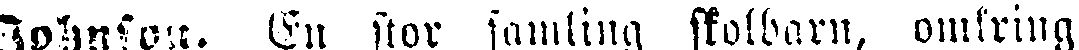
Johnson. En stor samling skolbarn, omkring